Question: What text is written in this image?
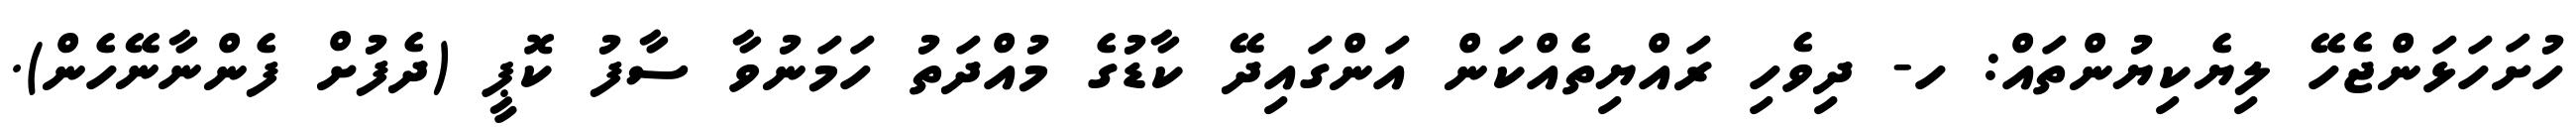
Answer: ހުށަހަޅަންޖެހޭ ލިޔެކިޔުންތައް: ހ- ދިވެހި ރައްޔިތެއްކަން އަންގައިދޭ ކާޑުގެ މުއްދަތު ހަމަނުވާ ސާފު ކޮޕީ (ދެފުށް ފެންނާނޭހެން).